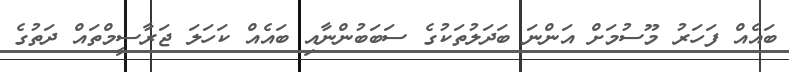
ބައެއް ފަހަރު މޫސުމަށް އަންނަ ބަދަލުތަކުގެ ސަބަބުންނާއި ބައެއް ކަހަލަ ޖަރާސީމްތައް ދަތުގެ